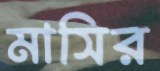
মাসির